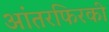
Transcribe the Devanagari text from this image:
आंतरफिरकी